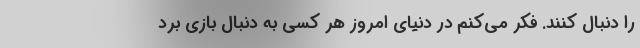
را دنبال کنند. فکر می‌کنم در دنیای امروز هر کسی به دنبال بازی برد